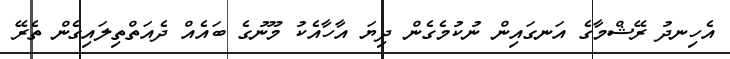
އެހިނދު ރޭޝްމާގެ އަނގައިން ނުކުމެގެން ދިޔަ އާހާއެކު މޫނުގެ ބައެއް ދެއަތްތިލައިގެން ތެރޭ